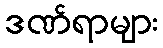
ဒဏ်ရာများ